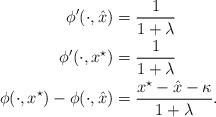
LaTeX: \begin{align*}\phi'(\cdot,\hat{x})&=\frac{1}{1+\lambda}\\\phi'(\cdot,x^{\star})&=\frac{1}{1+\lambda}\\\phi(\cdot,x^{\star})-\phi(\cdot,\hat{x})&=\frac{x^{\star}-\hat{x}-\kappa}{1+\lambda}.\end{align*}